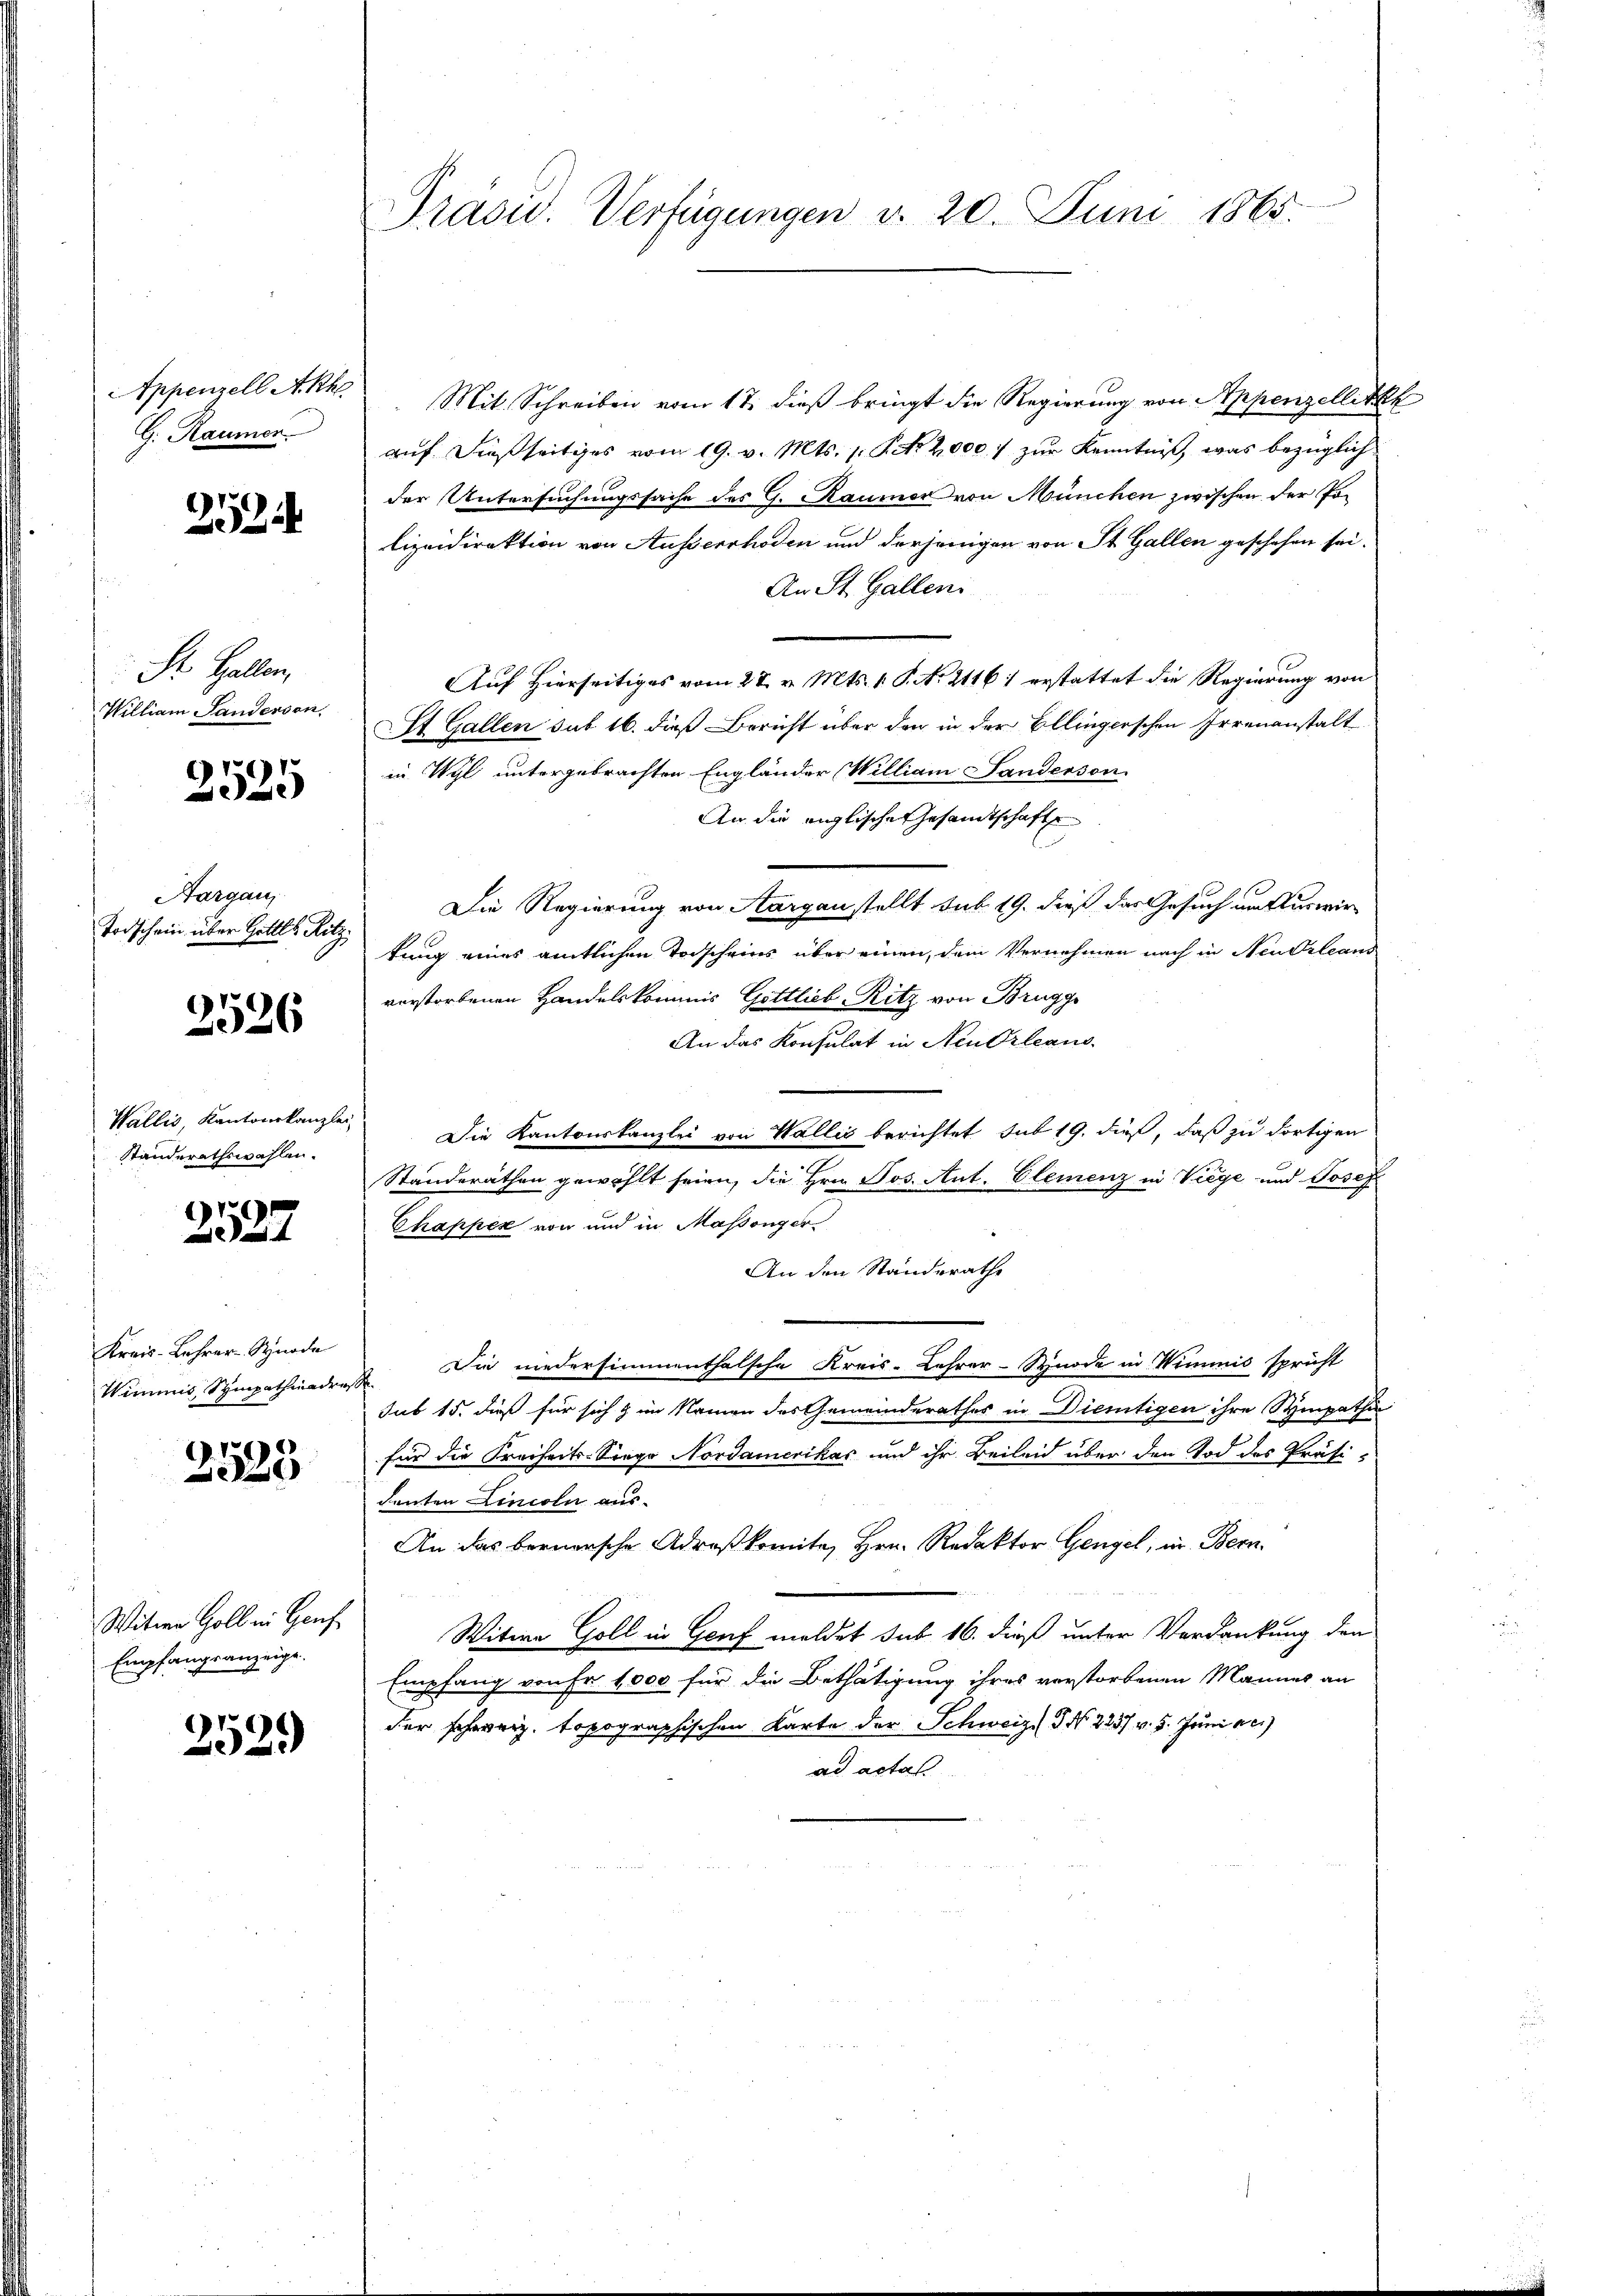
Appenzell Akk
G. Raumen.

252

St. Gallen,
William Sanderson

2525

Aargau,
Todschein über Gottl. Ritz

2526

Wallis, Kantonskanzlei
Standerathswahlen.

2527

Kreis-Lehrer- Synode
Wimmes Sympathiadres

2525

Witwe Goll in Haus
Empfangsanzeige.

2529

Präsid. Verfügungen d. 20. Juni 1865.

Mit Schreiben vom 17. dieß bringt die Regierung von Appenzellitzk
auf dießseitiges vom 19. v. Mts. 1. No 2,000 f zur Kenntniß, was bezüglichder Untersuchungssache des G. Raumer von München zwischen der Polizeidirektion von Ausserrhoden und derjenigen von St. Gallen geschehen sei.
An St. Gallen
Auf Hierseitiges vom 27. v. Mts. v. P. Nr. 21161 erstattet die Regierung von
t Gallen sub 16. dieß Bericht über den in der Ellingerschen Irrenanstalt
in Wyl untergebrachten Engländer William Sanderson
An die anglische Gesamtschafts
Die Regierung von Aargau stellt sub 19. dieß das Gesuch um Auswirtung eines amtlichen Torscheins über einen, dem Vernehmen nach in Neu Orleans
verstorbenen Handelskommis Gottlieb-Ritz von Brugg
An das Konsulat in Neu Orleans
Die Kantonskanzlei von Wallis berichtet sub 19. dieß, daß zu dortigen
Standeräthen gewählt seien, die Hrn. Jos. Ant. Clemenz in Viege und Josef
Chapper von und in Massenger
An den Standerathe
Die niedersimmenthalsche Kreis-Lehrer-Synode in Wimmnis spricht
sub 15. dieß für sich & im Namen des Gemeinderathes in Dientigen ihre Sympathin
für die Freiheits-Siege Nordamerikas und ihr Beileid über den Tod des Präsi-
deuten Lincoln aus-
An das bernensche Adreskomita, Hrn. Redaktor Gengel, in Bern.
Witwe Goll in Genf meldet sub 16. dieß unter Verdankung den
Empfang von Fr. 1,000 für die Bethätigung ihres verstorbenen Mannes an
der schweiz. topographischen Karte der Schweiz. No 2237 v. 5. Juni de
ad actas